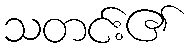
သတင်း၏